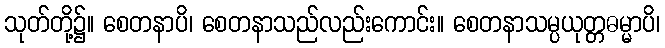
သုတ်တို့၌။ စေတနာပိ၊ စေတနာသည်လည်းကောင်း။ စေတနာသမ္ပယုတ္တဓမ္မာပိ၊